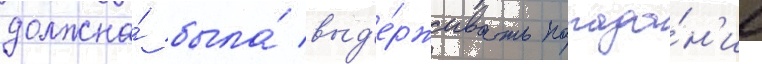
должна́ была́ выд'е́рживать попада́н'ие